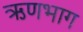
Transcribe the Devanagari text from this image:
ऋणभाग